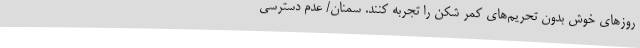
روزهای خوش بدون تحریم‌های کمر شکن را تجربه کنند. سمنان/ عدم دسترسی